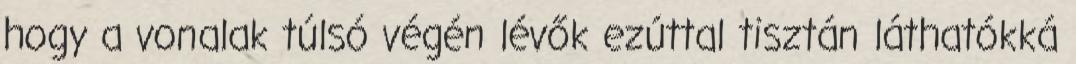
hogy a vonalak túlsó végén lévők ezúttal tisztán láthatókká